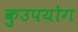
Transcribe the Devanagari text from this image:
कुउपयोग